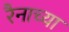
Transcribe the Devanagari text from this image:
रैनाच्या